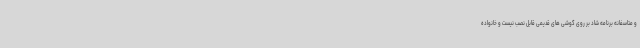
و متاسفانه برنامه شاد بر روی گوشی های قدیمی قابل نصب نیست و خانواده